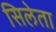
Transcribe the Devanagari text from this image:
सिलेता